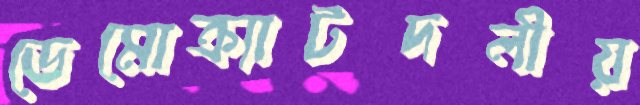
ডেমোক্র্যাটদলীয়